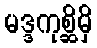
မဒ္ဒကုစ္ဆိမှိ